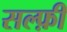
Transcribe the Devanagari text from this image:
सल्फ़ी